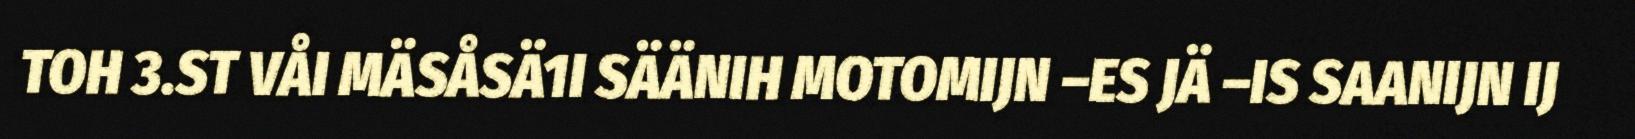
TOH 3.ST VÅI MÄSÅSÄ1I SÄÄNIH MOTOMIJN –ES JÄ –IS SAANIJN IJ